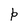
Character: p